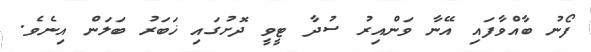
ފޯނު ބާއްވާފައި އޭނާ ވަންއިރު ސުދާ ޓީވީ ދޮށުގައި ޚަބަރު ބަލަން އިނެވެ.